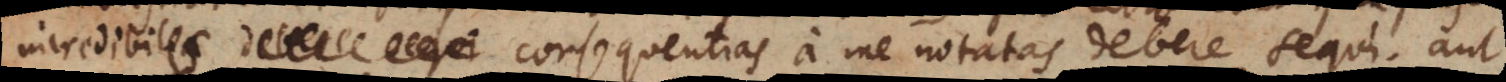
incredibiles consequentias a me notatas debere sequi, aut